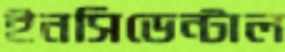
ইনসিডেন্টাল